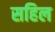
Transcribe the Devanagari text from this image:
सहिल